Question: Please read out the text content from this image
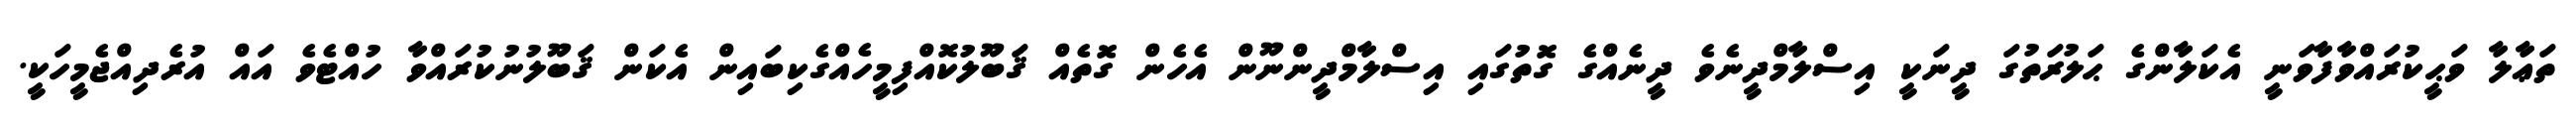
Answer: ތަޢާލާ ވަޙީކުރައްވާފާވަނީ އެކަލާންގެ ޙަލުރަތުގަ ދީނަކީ އިސްލާމްދީނެވެ ދީނެއްގެ ގޮތުގައި އިސްލާމްދީންނޫން އެހެން ގޮތެއް ޤަބޫލުކޮއްފިމީހެއްގެކިބައިން އެކަން ޤަބޫލުނުކުރައްވާ ހުއްޓެވެ އައް އުރެދިއްޖެމީހަކީ.